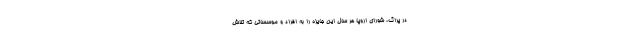
در پراگ، شورای اروپا هر سال این جایزه را به افراد و موسساتی که تلاش